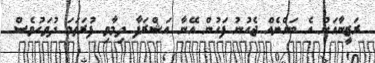
ރަޒީނާއަށް އެ ބައްޔެއް ޖެހުނު ފަހުން އޭނާ އަޝްރަފާ ދިމާވި ފުރަތަމަ ދުވަހުވެސް